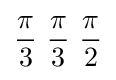
{\pi  \over 3}\ {\pi  \over 3}\ {\pi  \over 2}